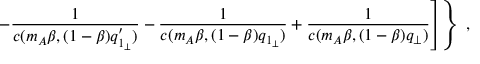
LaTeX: \left. \left. - \frac { 1 } { c ( m _ { A } \beta , ( 1 - \beta ) q _ { 1 _ { \perp } } ^ { \prime } ) } - \frac { 1 } { c ( m _ { A } \beta , ( 1 - \beta ) q _ { 1 _ { \perp } } ) } + \frac { 1 } { c ( m _ { A } \beta , ( 1 - \beta ) q _ { \perp } ) } \right] \right\} \; ,